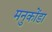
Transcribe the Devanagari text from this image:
मनुकोंडा